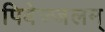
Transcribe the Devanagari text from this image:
पिबेज्जलम्